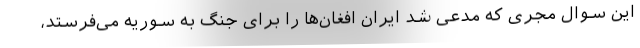
این سوال مجری که مدعی شد ایران افغان‌ها را برای جنگ به سوریه می‌فرستد،